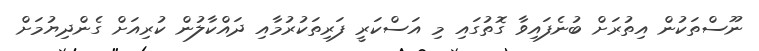
ނޫސްތަކުން އިތުރަށް ބުނެފައިވާ ގޮތުގައި މި އަސްކަރީ ފަރިތަކުރުމާއި ދައްކާލުން ކުރިއަށް ގެންދިޔުމަށް